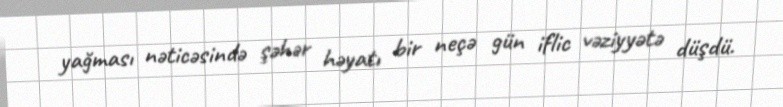
yağması nəticəsində şəhər həyatı bir neçə gün iflic vəziyyətə düşdü.